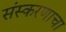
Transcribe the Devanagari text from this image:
संस्करणाचा